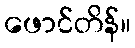
ဖောင်တိန်။